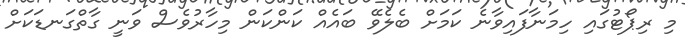
މި ރިޕޯޓުގައި ހިމަނާފައިވާނެ ކަމަށް ބެލެވޭ ބައެއް ކަންކަން މިހާރުވެސް ވަނީ ގާތްގަނޑަކަށް